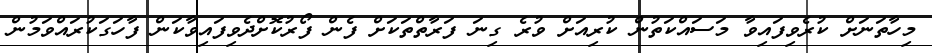
މިހާތަނަށް ކުރެވިފައިވާ މަސައްކަތުން ކުރިއަށް ވުރެ ގިނަ ފަރާތްތަކަށް ފެން ފޯރުކޮށްދެވިފައިވާކަން ފާހަގަކުރައްވަމުން